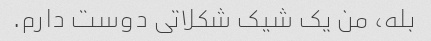
بله، من یک شیک شکلاتی دوست دارم.